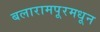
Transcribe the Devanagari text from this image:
बलारामपूरमधून